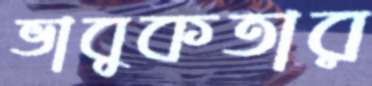
ভাবুকতার